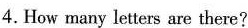
4.How many letters are there?